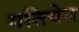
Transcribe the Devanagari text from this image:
गतिवेग